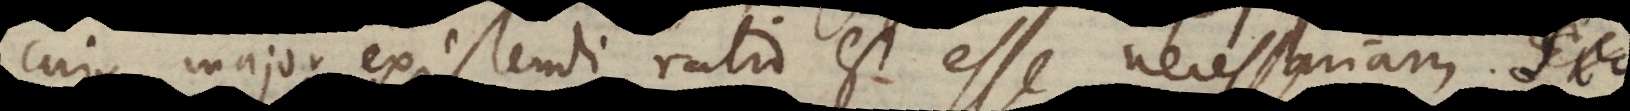
cujus major existendi ratio est esse necessariam. Et